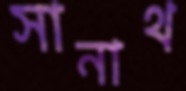
সানাথ